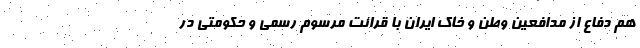
هم دفاع از مدافعین وطن و خاک ایران با قرائت مرسوم رسمی و حکومتی در